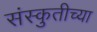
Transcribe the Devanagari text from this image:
संस्कुतीच्या